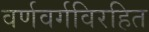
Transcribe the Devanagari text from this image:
वर्णवर्गविरहित